Account of plague administration in the Bombay Presidency from September 1896 till May 1897
Year: 1896
Disease focus: Plague
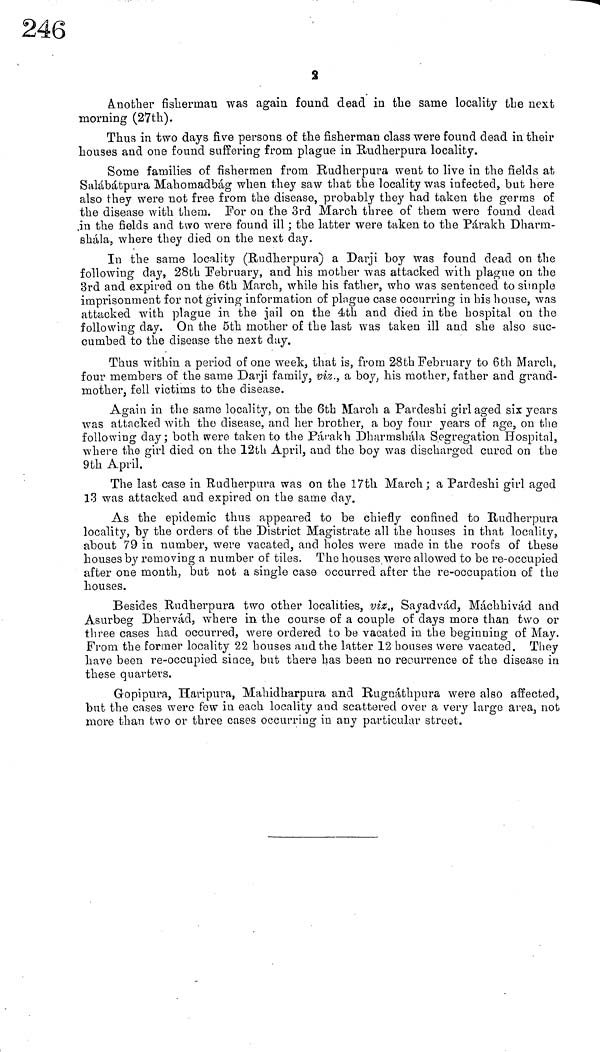
s
another fisherman was again found dead in the same locality the next
morning (27th).
Thus in two days five persons of the fisherman class were found dead in their
houses and one found suffering from plague in Rudherpura locality.
Some families of fishermen from Rudherpura went to live in the fields at
Salábátpura Mahomadbág when they saw that the locality was infected, but here
also they were not free from the disease, probably they had taken the germs of
the disease with them. For on the 3rd March three of them were found dead
in the fields and t\vo were found ill ; the latter were taken to the Párakh Dharm-
shála, where they died on the next day.
In the same locality (Rudherpura) a Darji boy was found dead on the
following day, 28th February, and his mother was attacked with plague on the
3rd and expired on the 6th March, while his father, who was sentenced to simple
imprisonment for not giving information of pingue case occurring in his house, was
attacked with plague in the jail on the 4th and died in the hospital on the
following clay. On the 5th mother of the last was taken ill and she also suc-
cumbed to the disease the next day.
Thus within a period of one week, that is, from 28th February to 6th March,
four members of the same Darji family, viz., a boy, his mother, father and grand-
mother, fell victims to the disease.
Again in the same locality, on the 6th March a Pardeshi girl aged six years
was attacked with the disease, and her brother, a boy four years of age, on the
following day; both were taken to the Párakh Dharmshála Segregation Hospital,
where the girl died on the 12th April, and the boy was discharged cured on the
9th April.
The last case in Rudherpura was on the 17th March ; a Pardeshi girl aged
13 was attacked and expired on the same day.
As the epidemic thus appeared to be chiefly confined to Rudherpura
locality, by the orders of the District Magistrate all the houses in that locality,
about 79 in number, were vacated, and holes were made in the roofs of these
houses by removing a number of tiles. The houses were allowed to be re-occupied
after one month, but not a single case occurred after the re-occupation of the
houses.
Besides Rudherpura two other localities, viz., Sayadvád, Máchhivád and
Asurbeg Dhervád, where in the course of a couple of days more than two or
three cases had occurred, were ordered to be vacated in the beginning of May.
From the former locality 22 houses and the latter 12 bouses were vacated. They
have been re-occupied since, but there has been no recurrence of the disease in
these quarters.
Gopipura, Haripura, Mahidharpura and Rugnáthpura were also affected,
but the cases were few in each locality and scattered over a very large area, not
more than two or three cases occurring in any particular street.